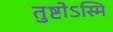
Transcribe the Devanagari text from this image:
तुष्टोऽस्मि